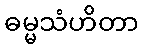
ဓမ္မသံဟိတာ